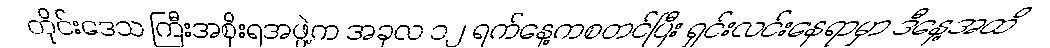
တိုင်းဒေသ ကြီးအစိုးရအဖွဲ့က အခုလ ၁၂ ရက်နေ့ကစတင်ပြီး ရှင်းလင်းနေရာမှာ ဒီနေ့အထိ